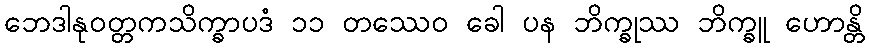
ဘေဒါနုဝတ္တကသိက္ခာပဒံ ၁၁ တဿေဝ ခေါ ပန ဘိက္ခုဿ ဘိက္ခူ ဟောန္တိ